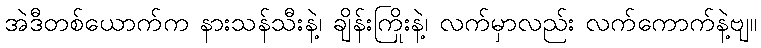
အဲဒီတစ်ယောက်က နားသန်သီးနဲ့၊ ချိန်းကြိုးနဲ့၊ လက်မှာလည်း လက်ကောက်နဲ့ဗျ။